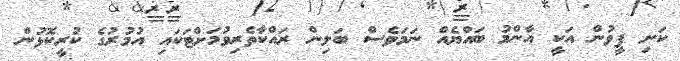
ކަށި ފީވުން އަކީ އާންމު ބައްޔެއް ނަމަވެސް ބަލިން ރައްކާތެރިވުމަށްޓަކައި އުމުރުގެ ކުރީކޮޅުން